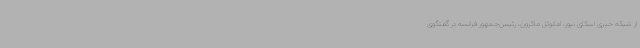
از شبکه خبری اسکای نیوز، امانوئل ماکرون، رئیس‌جمهور فرانسه در گفتگوی